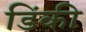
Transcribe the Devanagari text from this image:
डिंकी